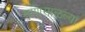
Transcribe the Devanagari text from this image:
माणसाळल्या